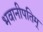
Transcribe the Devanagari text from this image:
भवानीपतिम्